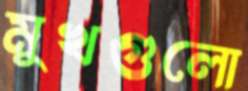
মুখগুলো